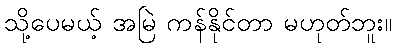
သို့ပေမယ့် အမြဲ ကန်နိုင်တာ မဟုတ်ဘူး။